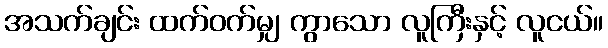
အသက်ချင်း ထက်ဝက်မျှ ကွာသော လူကြီးနှင့် လူငယ်။